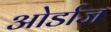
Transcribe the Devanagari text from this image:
ओर्डाज